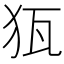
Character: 𱭵